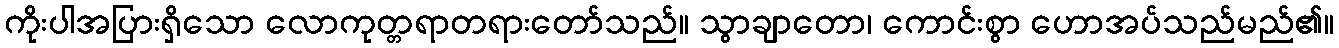
ကိုးပါအပြားရှိသော လောကုတ္တရာတရားတော်သည်။ သွာချာတော၊ ကောင်းစွာ ဟောအပ်သည်မည်၏။